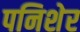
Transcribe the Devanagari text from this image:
पनिशेर